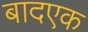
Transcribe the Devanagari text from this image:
बादएक